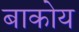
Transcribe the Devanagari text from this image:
बाकोय